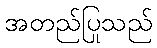
အတည်ပြုသည်